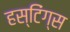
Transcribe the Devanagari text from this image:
हस्टिंग्स